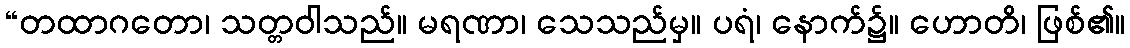
“တထာဂတော၊ သတ္တဝါသည်။ မရဏာ၊ သေသည်မှ။ ပရံ၊ နောက်၌။ ဟောတိ၊ ဖြစ်၏။